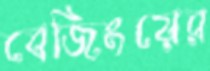
বেজিংয়ের